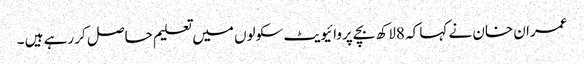
عمران خان نے کہا کہ 8لاکھ بچے پروائیویٹ سکولوں میں تعلیم حاصل کر رہے ہیں ۔